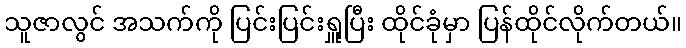
သူဇာလွင် အသက်ကို ပြင်းပြင်းရှူပြီး ထိုင်ခုံမှာ ပြန်ထိုင်လိုက်တယ်။